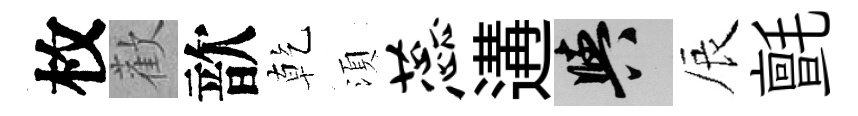
枚歡歆乾湏蕊遘阳辰氈